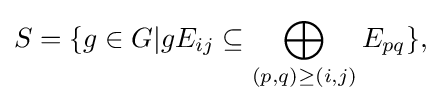
\displaystyle {S=\{g\in G|gE_{ij}\subseteq \bigoplus _{(p,q)\geq (i,j)}E_{pq}\},}